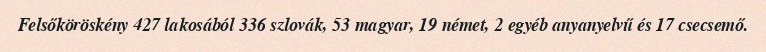
Felsőköröskény 427 lakosából 336 szlovák, 53 magyar, 19 német, 2 egyéb anyanyelvű és 17 csecsemő.